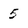
Character: 5